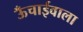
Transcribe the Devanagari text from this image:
ऊँचाईवाला